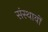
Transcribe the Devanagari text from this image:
संस्थावों